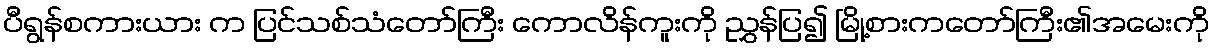
ပီရွန်စကားယား က ပြင်သစ်သံတော်ကြီး ကောလိန်ကူးကို ညွှန်ပြ၍ မြို့စားကတော်ကြီး၏အမေးကို